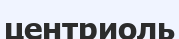
центриоль